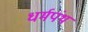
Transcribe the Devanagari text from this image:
धर्मपंथ